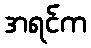
အရင်က